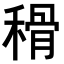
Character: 𥠳